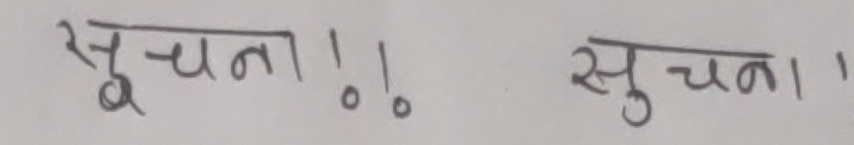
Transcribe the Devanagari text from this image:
सूचना!! सूचना।